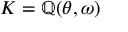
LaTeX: K = \mathbb { Q } ( \theta , \omega )